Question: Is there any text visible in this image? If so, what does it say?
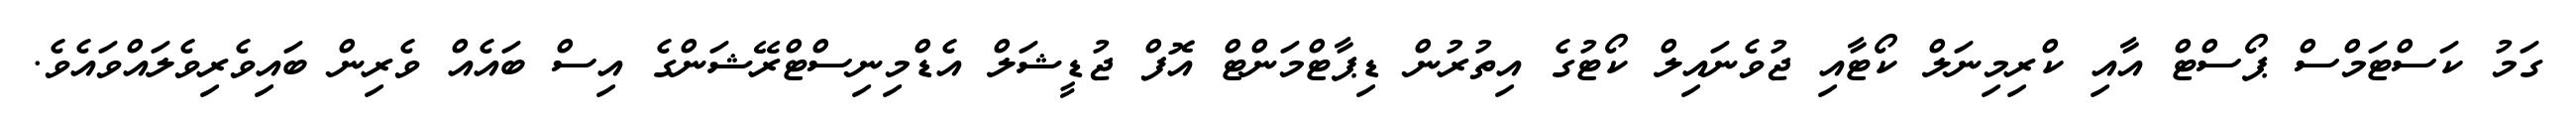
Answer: ގަމު ކަސްޓަމްސް ޕޯސްޓް އާއި ކްރިމިނަލް ކޯޓާއި ޖުވެނައިލް ކޯޓުގެ އިތުރުން ޑިޕާޓްމަންޓް އޮފް ޖުޑީޝަލް އެޑްމިނިސްޓްރޭޝަންގެ އިސް ބައެއް ވެރިން ބައިވެރިވެލައްވައެވެ.